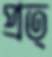
প্রত্